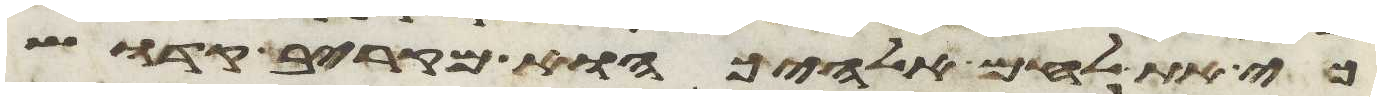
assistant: כי את לחם אלהיך הוא מקריב קדוש